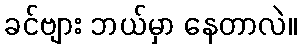
ခင်ဗျား ဘယ်မှာ နေတာလဲ။